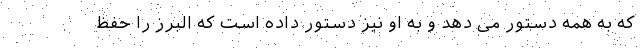
که به همه دستور می دهد و به او نیز دستور داده است که البرز را حفظ